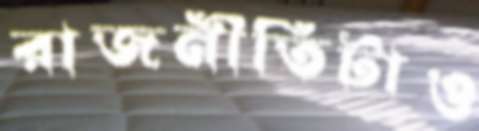
রাজনীতিটাও